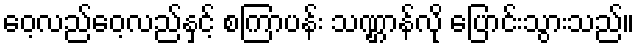
ဝေ့လည်ဝေ့လည်နှင့် စကြာပန်း သဏ္ဌာန်လို ပြောင်းသွားသည်။